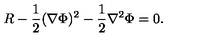
R - { \frac { 1 } { 2 } } ( \nabla \Phi ) ^ { 2 } - { \frac { 1 } { 2 } } \nabla ^ { 2 } \Phi = 0 .